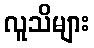
လူသိများ